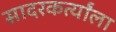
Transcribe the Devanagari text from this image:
सादरकर्त्यांला